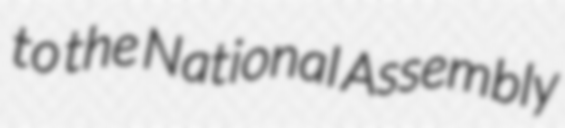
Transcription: to the National Assembly